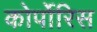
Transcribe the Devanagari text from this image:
कोर्पोरिस